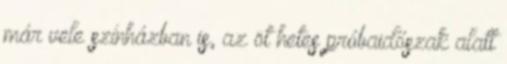
már vele színházban is, az öt hetes próbaidőszak alatt